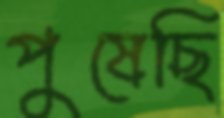
পুষেছি